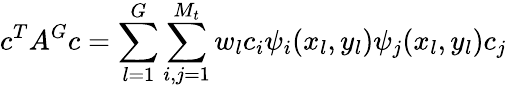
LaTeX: c^{T}A^{G}c=\sum_{l=1}^{G}\sum_{i,j=1}^{M_{t}}w_{l}c_{i}\psi_{i}(x_{l},y_{l})\psi_{j}(x_{l},y_{l})c_{j}